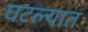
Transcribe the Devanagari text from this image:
घटल्यात